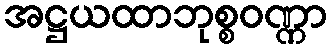
အဋ္ဌယထာဘုစ္စဝဏ္ဏာ